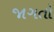
જાગતો